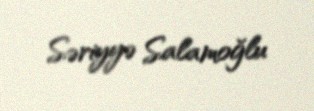
Səriyyə Salamoğlu